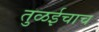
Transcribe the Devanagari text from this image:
तुळईचाच